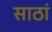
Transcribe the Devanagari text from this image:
साठां